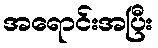
အရောင်းအပြီး